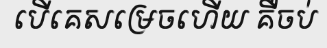
បើគេសម្រេចហើយ គឺចប់